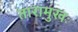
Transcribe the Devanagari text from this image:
तारामुखः